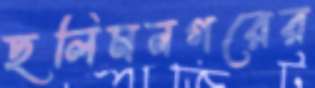
ছলিমনগরের